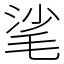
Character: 㲚